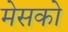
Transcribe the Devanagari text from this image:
मेसको